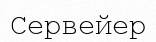
Сервейер